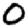
Digit: 0